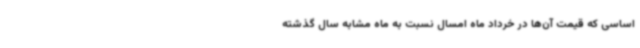
اساسی که قیمت آن‌ها در خرداد ماه امسال نسبت به ماه مشابه سال گذشته